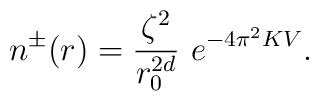
n^\pm (r) = \frac{\zeta^2}{r_0^{2d}} ~e^{-4\pi^2K V}.